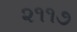
૨૧૧૭